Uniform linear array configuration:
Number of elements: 8
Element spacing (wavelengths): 0.75
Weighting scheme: hamming
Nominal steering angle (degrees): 0
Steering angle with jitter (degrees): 1.318
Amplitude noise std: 0.05
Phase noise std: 0.05

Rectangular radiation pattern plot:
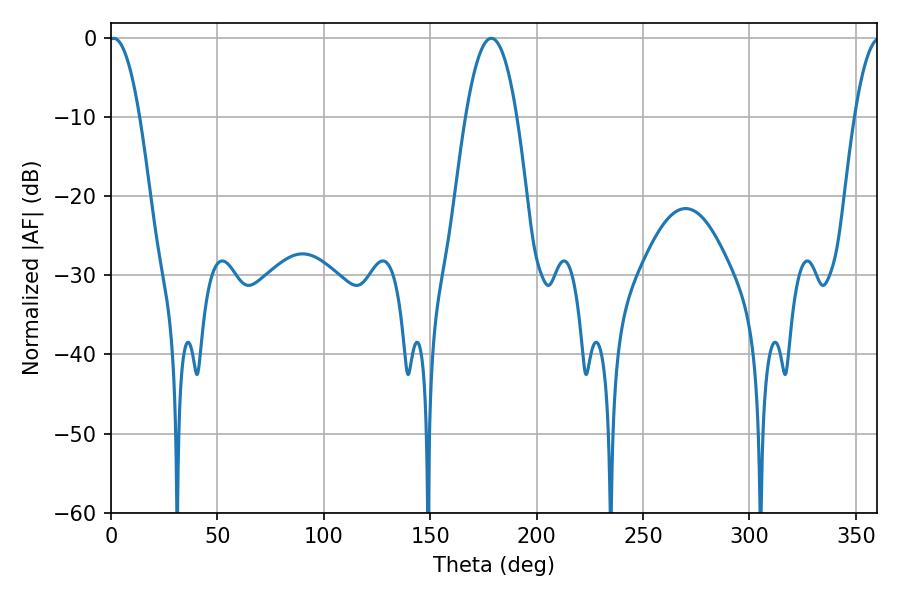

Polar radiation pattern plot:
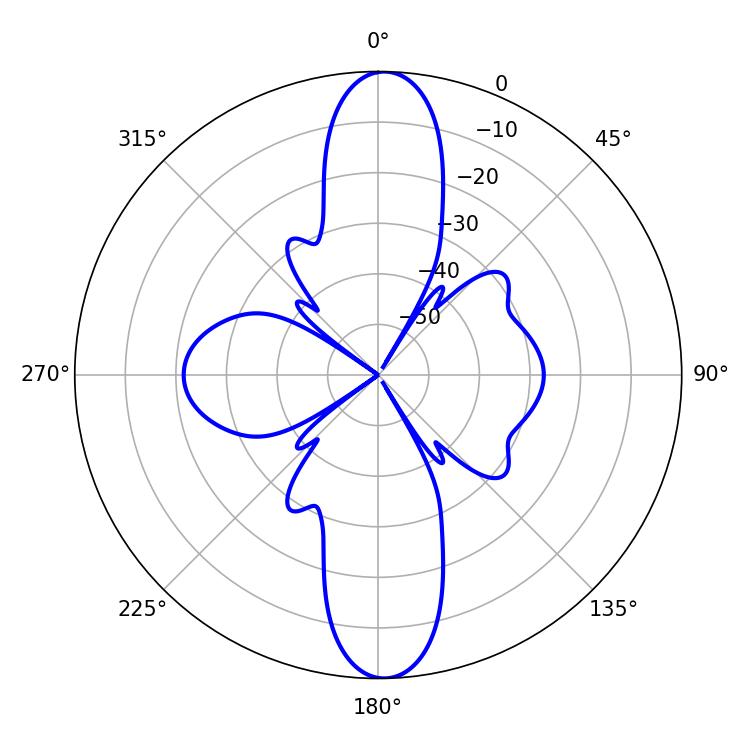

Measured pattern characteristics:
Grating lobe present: TRUE
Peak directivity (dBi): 23.133
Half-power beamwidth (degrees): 7.92
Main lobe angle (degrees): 1.26